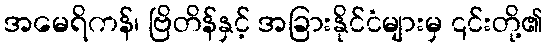
အမေရိကန်၊ ဗြိတိန်နှင့် အခြားနိုင်ငံများမှ ၎င်းတို့၏